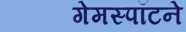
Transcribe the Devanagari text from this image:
गेमस्पॉटने